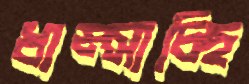
ধাম্‌সাচ্ছি